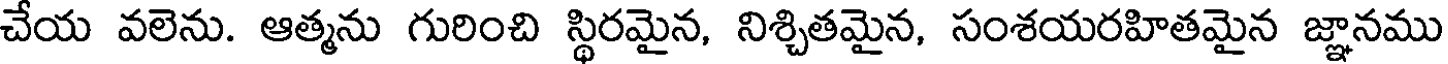
చేయ వలెను. ఆత్మను గురించి స్థిరమైన, నిశ్చితమైన, సంశయరహితమైన జ్ఞానము